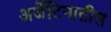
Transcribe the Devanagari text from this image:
अर्जेंटिनातील